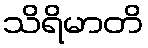
သိရိမာတိ